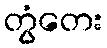
တွံတေး